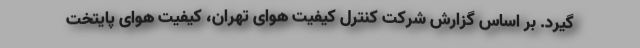
گیرد. بر اساس گزارش شرکت کنترل کیفیت هوای تهران، کیفیت هوای پایتخت